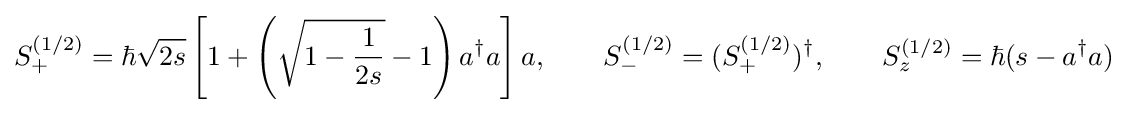
S_{+}^{(1/2)}=\hbar {\sqrt {2s}}\left[1+\left({\sqrt {1-{\frac {1}{2s}}}}-1\right)a^{\dagger }a\right]a,\qquad S_{-}^{(1/2)}=(S_{+}^{(1/2)})^{\dagger },\qquad S_{z}^{(1/2)}=\hbar (s-a^{\dagger }a)~